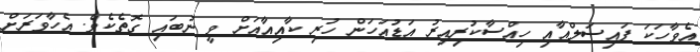
އެވާހަކަ ފައިސަލްއާއި ހިއްސާކުރިއިރު އަޑުއަހަން ހުރި ކާއިއާއަށް ވީ ނުބައި ގޮތެކެވެ. އެހާވަރަށް